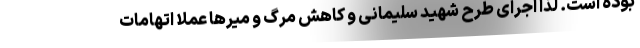
بوده است. لذا اجرای طرح شهید سلیمانی و کاهش مرگ و میرها عملا اتهامات